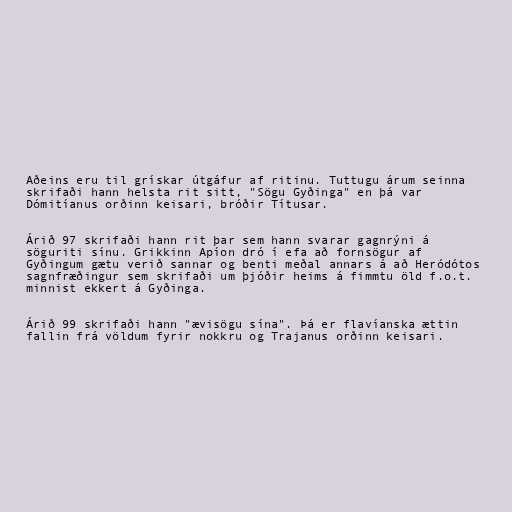
Aðeins eru til grískar útgáfur af ritinu. Tuttugu árum seinna
skrifaði hann helsta rit sitt, "Sögu Gyðinga" en þá var
Dómitíanus orðinn keisari, bróðir Títusar.

Árið 97 skrifaði hann rit þar sem hann svarar gagnrýni á
söguriti sínu. Grikkinn Apíon dró í efa að fornsögur af
Gyðingum gætu verið sannar og benti meðal annars á að Heródótos
sagnfræðingur sem skrifaði um þjóðir heims á fimmtu öld f.o.t.
minnist ekkert á Gyðinga.

Árið 99 skrifaði hann "ævisögu sína". Þá er flavíanska ættin
fallin frá völdum fyrir nokkru og Trajanus orðinn keisari.